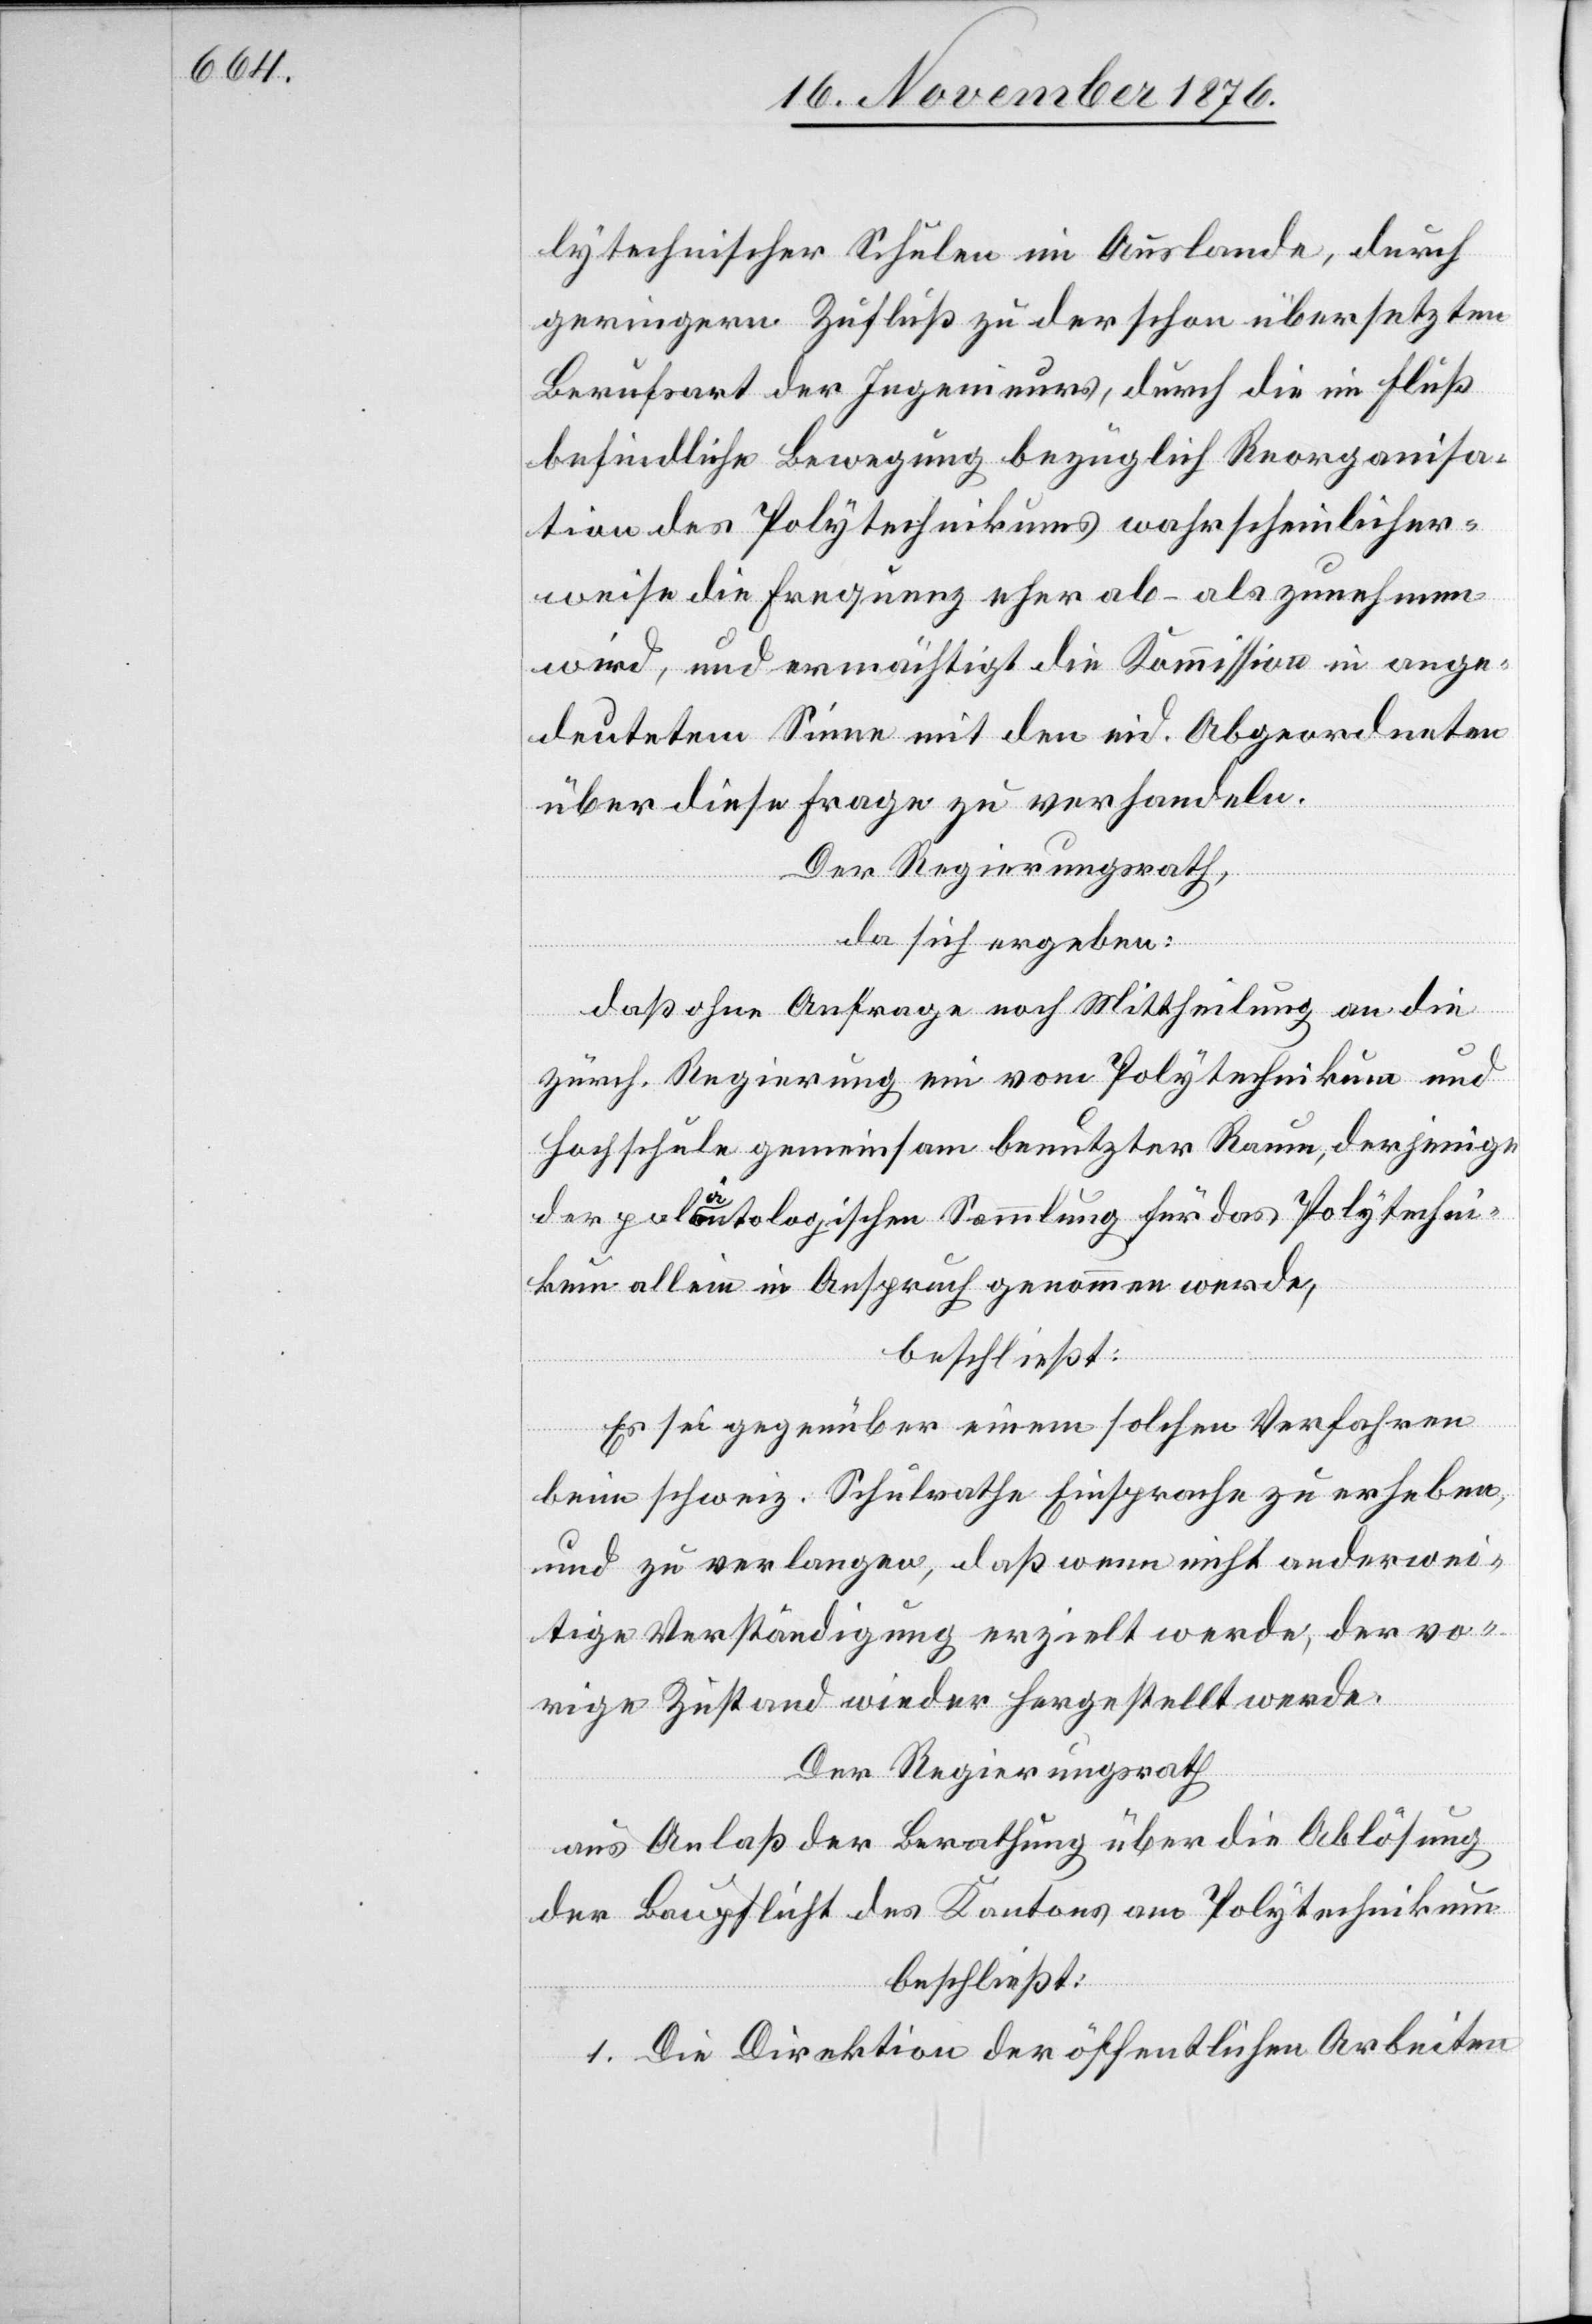
lytechnischer Schulen im Auslande, durch
geringern Zufluß zu der schon übersetzten
Berufsart der Ingenieurs, durch die im Fluß
befindliche Bewegung bezüglich Reorganisa¬
tion des Polytechnikums wahrscheinlicher¬
weise die Frequenz eher ab- als zunehmen
wird, und ermächtigt die Kommission in ange¬
deutetem Sinne mit den eid. Abgeordneten
über diese Frage zu verhandeln.
Der Regierungsrath,
da sich ergeben:
daß ohne Anfrage noch Mittheilung an die
zürch. Regierung ein vom Polytechnikum und
Hochschule gemeinsam benutzter Raum, derjenige
der paläontologischen Sammlung für das Polytechni¬
kum allein in Anspruch genommen werde,
beschließt:
Es sei gegenüber einem solchen Verfahren
beim schweiz. Schulrathe Einsprache zu erheben,
und zu verlangen, daß wenn nicht anderwei¬
tige Verständigung erzielt werde, der vo¬
rige Zustand wieder hergestellt werde.
Der Regierungsrath
aus Anlaß der Berathung über die Ablösung
der Baupflicht des Kantons am Polytechnikum
beschließt:
1. Die Direktion der öffentlichen Arbeiten